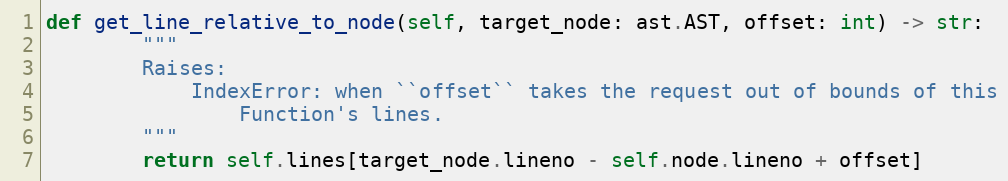
Language: Python
def get_line_relative_to_node(self, target_node: ast.AST, offset: int) -> str:
        """
        Raises:
            IndexError: when ``offset`` takes the request out of bounds of this
                Function's lines.
        """
        return self.lines[target_node.lineno - self.node.lineno + offset]